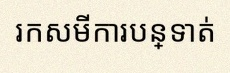
រកសមីការបន្ទាត់